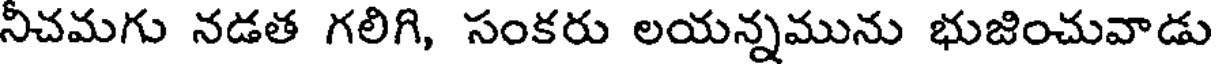
నీచమగు నడత గలిగి, సంకరు లయన్నమును భుజించువాడు